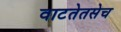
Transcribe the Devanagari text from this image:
वाटतेतसेच